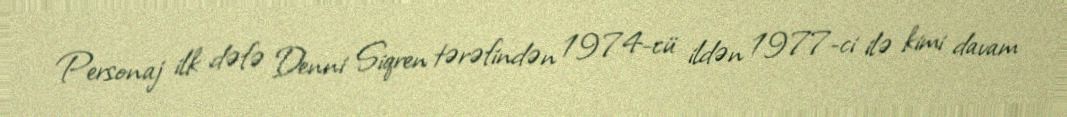
Personaj ilk dəfə Denni Siqren tərəfindən 1974-cü ildən 1977-ci ilə kimi davam